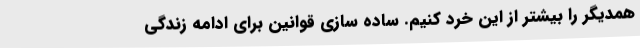
همدیگر را بیشتر از این خرد کنیم. ساده سازی قوانین برای ادامه زندگی